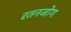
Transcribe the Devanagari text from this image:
रतनजोग